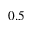
0 . 5